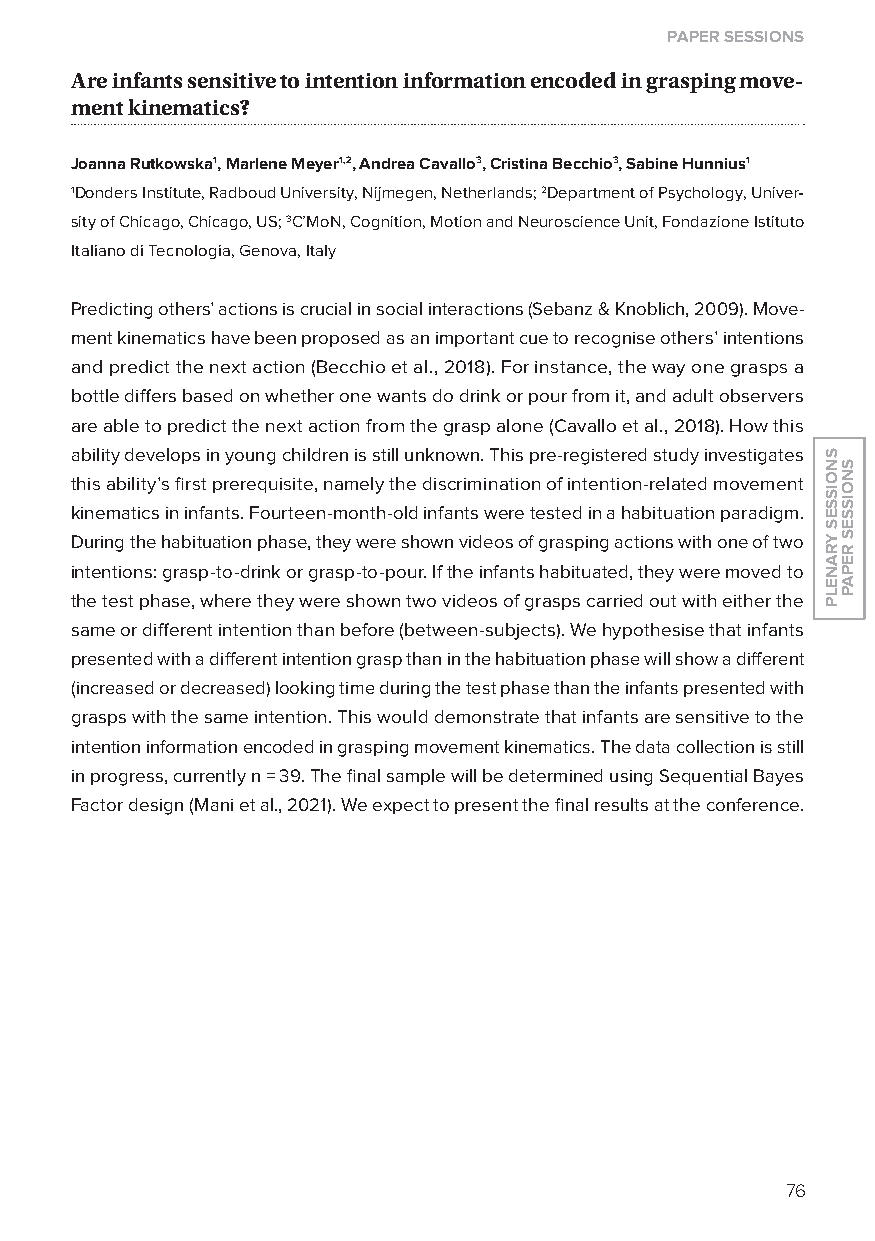
paper sessions
 are infants sensitive to intention information encoded in grasping move-
 ment kinematics?
 Joanna rutkowska1, Marlene Meyer1,2, Andrea Cavallo3, Cristina Becchio3, Sabine Hunnius1
 1Donders Institute, Radboud University, Nijmegen, Netherlands; 2Department of Psychology, Univer-
 sity of Chicago, Chicago, US; 3C’MoN, Cognition, Motion and Neuroscience Unit, Fondazione Istituto
 Italiano di Tecnologia, Genova, Italy
 Predicting others’ actions is crucial in social interactions (Sebanz & Knoblich, 2009). Move-
 ment kinematics have been proposed as an important cue to recognise others’ intentions
 and predict the next action (Becchio et al., 2018). For instance, the way one grasps a
 bottle differs based on whether one wants do drink or pour from it, and adult observers
 are able to predict the next action from the grasp alone (Cavallo et al., 2018). How this
 ability develops in young children is still unknown. This pre-registered study investigates
 this ability’s first prerequisite, namely the discrimination of intention-related movement
 kinematics in infants. Fourteen-month-old infants were tested in a habituation paradigm.
 During the habituation phase, they were shown videos of grasping actions with one of two
 intentions: grasp-to-drink or grasp-to-pour. If the infants habituated, they were moved to
 the test phase, where they were shown two videos of grasps carried out with either the
 same or different intention than before (between-subjects). We hypothesise that infants
 presented with a different intention grasp than in the habituation phase will show a different
 (increased or decreased) looking time during the test phase than the infants presented with
 grasps with the same intention. This would demonstrate that infants are sensitive to the
 intention information encoded in grasping movement kinematics. The data collection is still
 in progress, currently n = 39. The final sample will be determined using Sequential Bayes
 Factor design (Mani et al., 2021). We expect to present the final results at the conference.
 76
 snoisses
 yranelp
 snoisses
 repap